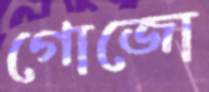
গোজো